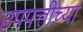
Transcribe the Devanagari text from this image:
उपपत्तीच्या